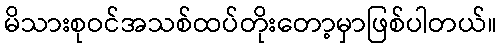
မိသားစုဝင်အသစ်ထပ်တိုးတော့မှာဖြစ်ပါတယ်။